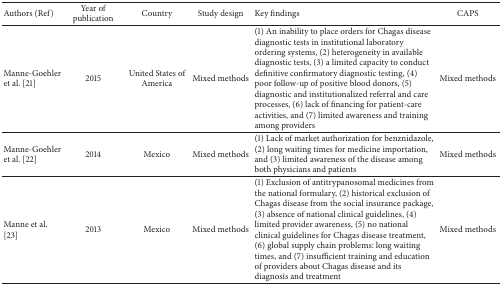
<table><thead><tr><td><b>Authors (Ref)</b></td><td><b>Year of publication</b></td><td><b>Country</b></td><td><b>Study design</b></td><td><b>Key findings</b></td><td><b>CAPS</b></td></tr></thead><tbody><tr><td>Manne-Goehler et al. [21]</td><td>2015</td><td>United States of America</td><td>Mixed methods</td><td>(1) An inability to place orders for Chagas disease diagnostic tests in institutional laboratory ordering systems, (2) heterogeneity in available diagnostic tests, (3) a limited capacity to conduct definitive confirmatory diagnostic testing, (4) poor follow-up of positive blood donors, (5) diagnostic and institutionalized referral and care processes, (6) lack of financing for patient-care activities, and (7) limited awareness and training among providers</td><td>Mixed methods</td></tr><tr><td>Manne-Goehler et al. [22]</td><td>2014</td><td>Mexico</td><td>Mixed methods</td><td>(1) Lack of market authorization for benznidazole, (2) long waiting times for medicine importation, and (3) limited awareness of the disease among both physicians and patients</td><td>Mixed methods</td></tr><tr><td>Manne et al. [23]</td><td>2013</td><td>Mexico</td><td>Mixed methods</td><td>(1) Exclusion of antitrypanosomal medicines from the national formulary, (2) historical exclusion of Chagas disease from the social insurance package, (3) absence of national clinical guidelines, (4) limited provider awareness, (5) no national clinical guidelines for Chagas disease treatment, (6) global supply chain problems: long waiting times, and (7) insufficient training and education of providers about Chagas disease and its diagnosis and treatment</td><td>Mixed methods</td></tr></tbody></table>